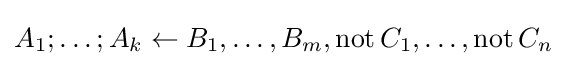
A_{1};\dots ;A_{k}\leftarrow B_{1},\dots ,B_{m},\operatorname {not} C_{1},\dots ,\operatorname {not} C_{n}